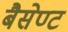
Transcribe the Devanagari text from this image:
बैसेण्ट